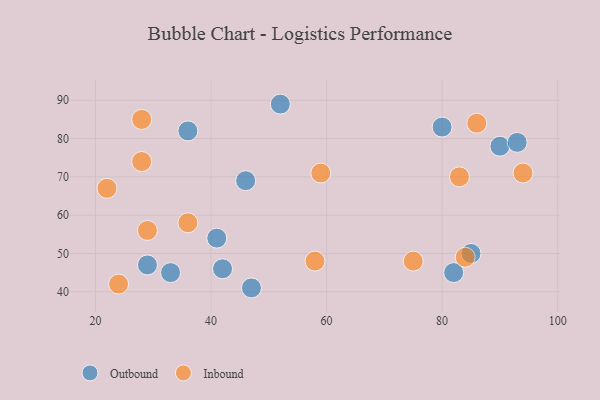
{"axis": {"x": "GDP", "y": "Life Expectancy"}, "legend": ["Inbound", "Outbound"], "data": [{"x": "90", "y": 78, "type": "Outbound"}, {"x": "93", "y": 79, "type": "Outbound"}, {"x": "33", "y": 45, "type": "Outbound"}, {"x": "47", "y": 41, "type": "Outbound"}, {"x": "42", "y": 46, "type": "Outbound"}, {"x": "80", "y": 83, "type": "Outbound"}, {"x": "85", "y": 50, "type": "Outbound"}, {"x": "36", "y": 82, "type": "Outbound"}, {"x": "29", "y": 47, "type": "Outbound"}, {"x": "52", "y": 89, "type": "Outbound"}, {"x": "46", "y": 69, "type": "Outbound"}, {"x": "82", "y": 45, "type": "Outbound"}, {"x": "41", "y": 54, "type": "Outbound"}, {"x": "29", "y": 56, "type": "Inbound"}, {"x": "28", "y": 74, "type": "Inbound"}, {"x": "28", "y": 85, "type": "Inbound"}, {"x": "22", "y": 67, "type": "Inbound"}, {"x": "83", "y": 70, "type": "Inbound"}, {"x": "36", "y": 58, "type": "Inbound"}, {"x": "59", "y": 71, "type": "Inbound"}, {"x": "75", "y": 48, "type": "Inbound"}, {"x": "24", "y": 42, "type": "Inbound"}, {"x": "86", "y": 84, "type": "Inbound"}, {"x": "84", "y": 49, "type": "Inbound"}, {"x": "58", "y": 48, "type": "Inbound"}, {"x": "94", "y": 71, "type": "Inbound"}]}